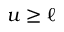
u \geq \ell